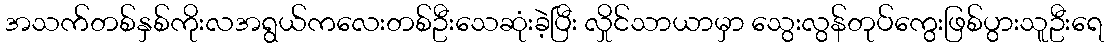
အသက်တစ်နှစ်ကိုးလအရွယ်ကလေးတစ်ဦးသေဆုံးခဲ့ပြီး လှိုင်သာယာမှာ သွေးလွန်တုပ်ကွေးဖြစ်ပွားသူဦးရေ